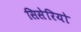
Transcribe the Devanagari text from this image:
सिसेरियो